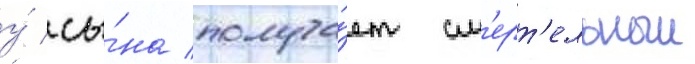
у́ сы́на получа́ет см'ерт'ельныи